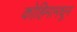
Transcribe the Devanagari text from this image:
कोहिमामधून